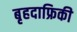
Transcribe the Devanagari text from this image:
बृहदाफ्रिकी